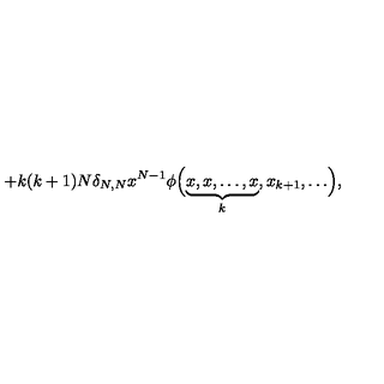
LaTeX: + k ( k + 1 ) N \delta _ { N , N } x ^ { N - 1 } \phi \Bigl ( \underbrace { x , x , \dots , x } _ { k } , x _ { k + 1 } , \dots \Bigr ) ,